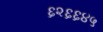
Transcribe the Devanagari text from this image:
६२६६४५